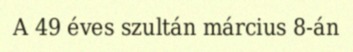
A 49 éves szultán március 8-án